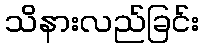
သိနားလည်ခြင်း